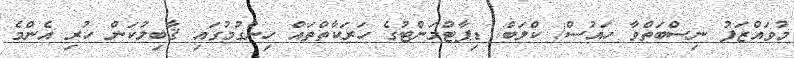
މުވައްޒަފު ނިސްބަތްވާ ހައުސް/ ކްލަބް/ ޑިޕާޓްމަންޓުގެ ހަރަކާތްތައް ހިންގުމުގައި ޤާބިލުކަން ހުރި އެންމެ